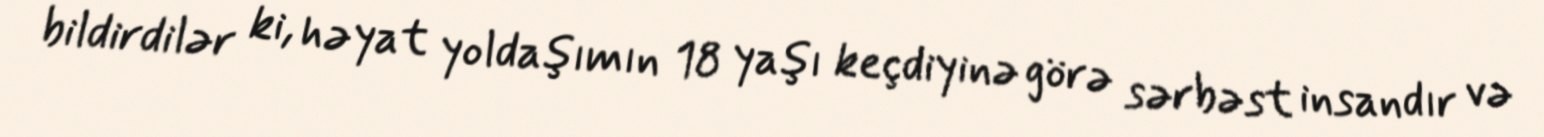
bildirdilər ki, həyat yoldaşımın 18 yaşı keçdiyinə görə sərbəst insandır və